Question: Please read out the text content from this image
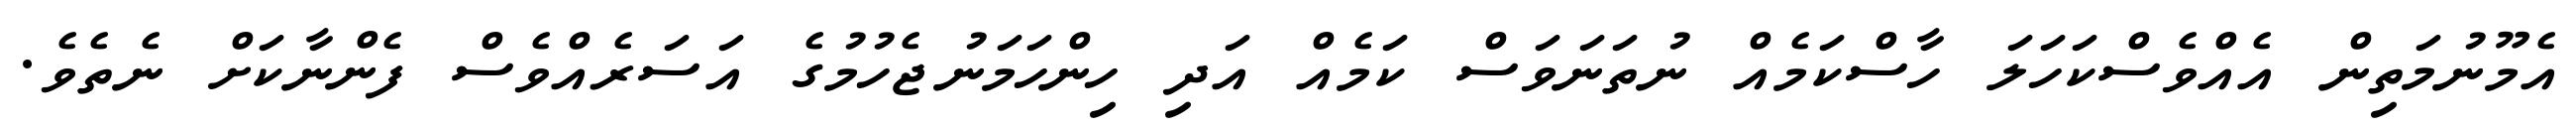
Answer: އެމޫނުމަތިން އެއްވެސްކަހަލަ ހާސްކަމެއް ނުތަނަވަސް ކަމެއް އަދި ހިންހަމަނުޖެހުމުގެ އަސަރެއްވެސް ފެންނާކަށް ނެތެވެ.